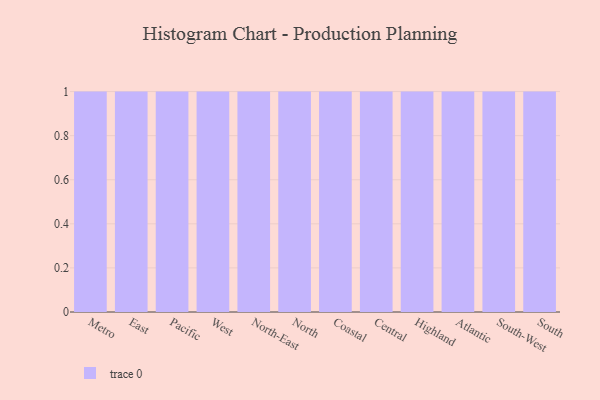
{"axis": {"x": "Region", "y": "Headcount"}, "legend": [""], "data": [{"x": "Metro", "y": 26, "type": ""}, {"x": "East", "y": 18, "type": ""}, {"x": "Pacific", "y": 44, "type": ""}, {"x": "West", "y": 39, "type": ""}, {"x": "North-East", "y": 88, "type": ""}, {"x": "North", "y": 49, "type": ""}, {"x": "Coastal", "y": 92, "type": ""}, {"x": "Central", "y": 38, "type": ""}, {"x": "Highland", "y": 94, "type": ""}, {"x": "Atlantic", "y": 36, "type": ""}, {"x": "South-West", "y": 8, "type": ""}, {"x": "South", "y": 13, "type": ""}]}